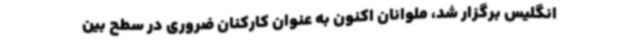
انگلیس برگزار شد، ملوانان اکنون به عنوان کارکنان ضروری در سطح بین